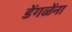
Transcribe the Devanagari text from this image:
डेंगळेंना